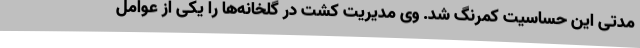
مدتی این حساسیت کمرنگ شد. وی مدیریت کشت در گلخانه‌ها را یکی از عوامل